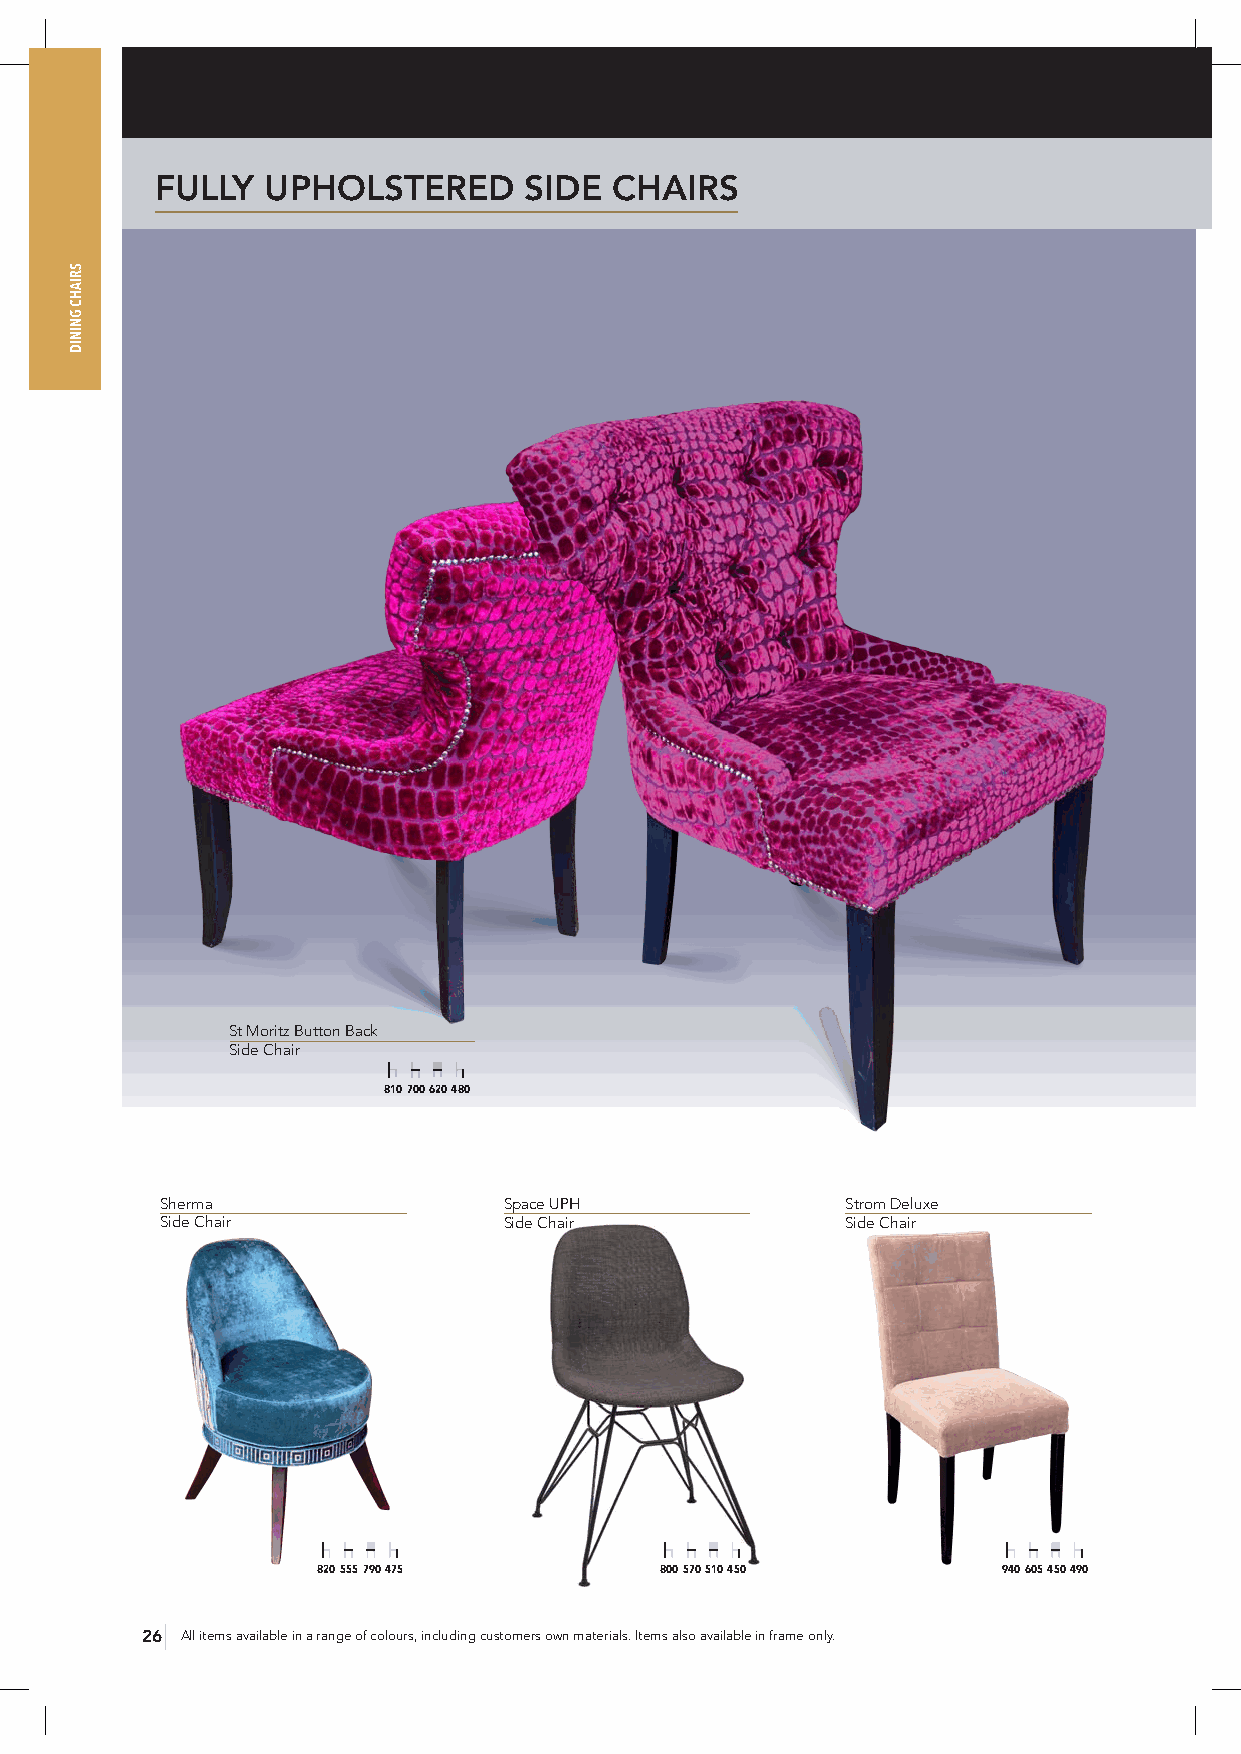
FULLY  UPHOLSTERED       SIDE  CHAIRS
 St Moritz Button Back
 Side Chair
 810 700 620 480
 Sherma                Space UPH              Strom Deluxe
 Side Chair            Side Chair             Side Chair
 820 555 790 475        800 570 510 450       940 605 450 490
 26 All items available in a range of colours, including customers own materials. Items also available in frame only.
 SRIAHC
 GNINID